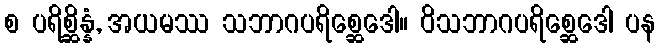
စ ပရိစ္ဆိန္နံ, အယမဿ သဘာဂပရိစ္ဆေဒေါ။ ဝိသဘာဂပရိစ္ဆေဒေါ ပန